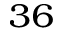
^ { 3 6 }